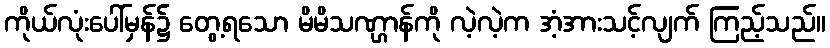
ကိုယ်လုံးပေါ်မှန်၌ တွေ့ရသော မိမိသဏ္ဌာန်ကို လဲ့လဲ့က အံ့အားသင့်လျက် ကြည့်သည်။